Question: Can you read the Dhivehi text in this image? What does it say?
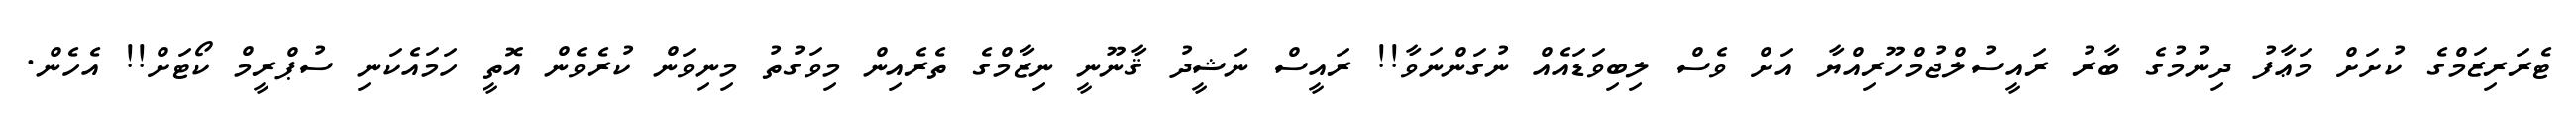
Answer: ޓެރަރިޒަމްގެ ކުށަށް މަޢާފު ދިނުމުގެ ބާރު ރައީސުލްޖުމްހޫރިއްޔާ އަށް ވެސް ލިބިވަޑައެއް ނުގަންނަވާ!! ރައީސް ނަޝީދު ޤާނޫނީ ނިޒާމްގެ ތެރެއިން މިވަގުތު މިނިވަން ކުރެވެން އޮތީ ހަމައެކަނި ސުޕްރީމް ކޯޓަށް!! އެހެން.